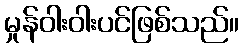
မှုန်ဝါးဝါးပင်ဖြစ်သည်။